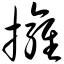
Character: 拥